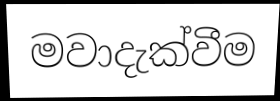
මවාදැක්වීම